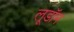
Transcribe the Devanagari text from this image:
लूडॉन